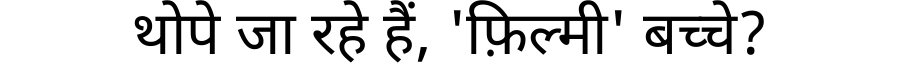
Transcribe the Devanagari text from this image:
थोपे जा रहे हैं, 'फ़िल्मी' बच्चे?